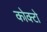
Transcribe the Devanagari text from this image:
कोक्टो